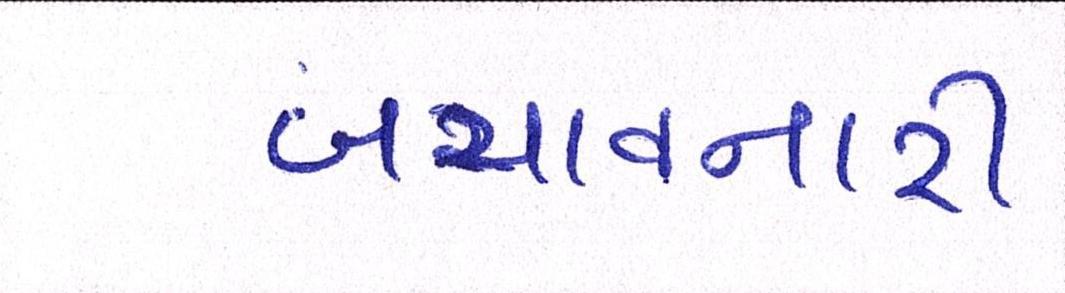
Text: બચાવનારી